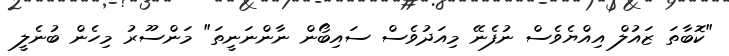
"ކޮބާތަ ޒަައުލް އިއްޔެވެސް ނުފެނޭ މިއަދުވެސް ސައިބޯން ނާންނަނީތަ" މަންސޫރު މިހެން ބުނެލީ